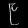
Digit: ၉